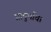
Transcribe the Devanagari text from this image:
प्रादुर्भाव।